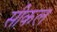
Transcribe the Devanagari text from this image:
सीकल